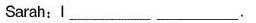
Sarah:I__________.